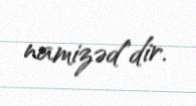
namizəd"dir.